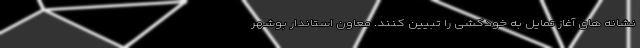
نشانه های آغاز تمایل به خودکشی را تبیین کنند. معاون استاندار بوشهر